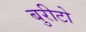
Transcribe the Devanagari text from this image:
बुरीटो